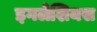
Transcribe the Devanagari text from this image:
इगलेशियस